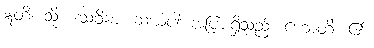
ဣတိ၊ သို့။ ဒသဝိဓာ၊ ဆယ်ပါး အပြားရှိသည်။ ဟောတိ၊ ၏။